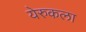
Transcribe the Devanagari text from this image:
येरुकला